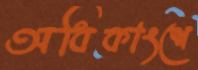
অধিকাংশে